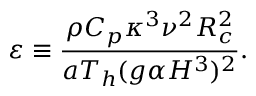
\varepsilon \equiv \frac { \rho C _ { p } \kappa ^ { 3 } \nu ^ { 2 } R _ { c } ^ { 2 } } { a T _ { h } ( g \alpha H ^ { 3 } ) ^ { 2 } } .